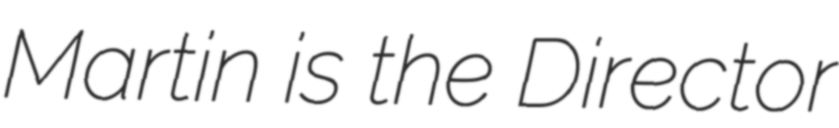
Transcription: Martin is the Director